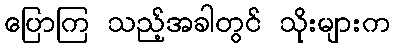
ပြောကြ သည့်အခါတွင် သိုးများက